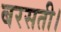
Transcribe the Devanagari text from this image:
बरसती।